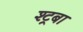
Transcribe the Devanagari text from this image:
श्ट्रबा